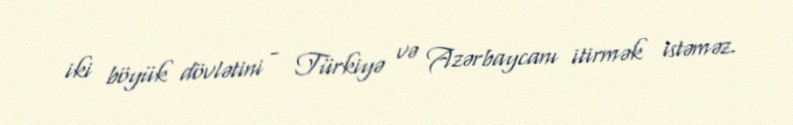
iki böyük dövlətini - Türkiyə və Azərbaycanı itirmək istəməz.